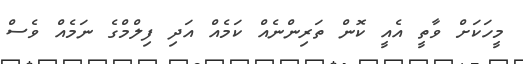
މީހަކަށް ވާތީ އެއީ ކޮން ތަރިންނެއް ކަމެއް އަދި ފިލްމްގެ ނަމެއް ވެސް